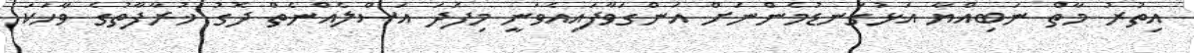
އިތުރު މާތް ނަބިއްޔާ އަޅުގަނޑުމެންނަށް އަންގަވާފައިއެވަނީ މިފަދަ އަސްލެއްނެތް ދޮގު ޚުރާފާތުގެ ވާހަކަ